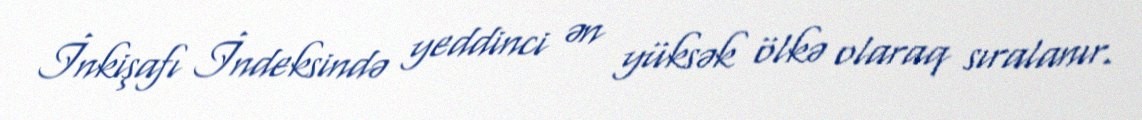
İnkişafı İndeksində yeddinci ən yüksək ölkə olaraq sıralanır.